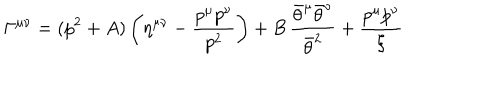
\Gamma ^ { \mu \nu } = ( p ^ { 2 } + A ) \left( \eta ^ { \mu \nu } - { \frac { p ^ { \mu } p ^ { \nu } } { p ^ { 2 } } } \right) + B \, { \frac { \bar { \theta } ^ { \mu } \bar { \theta } ^ { \nu } } { \bar { \theta } ^ { 2 } } } + { \frac { p ^ { \mu } p ^ { \nu } } { \xi } }